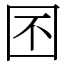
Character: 囨